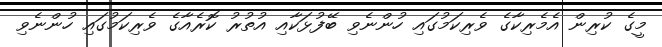
މީގެ ކުރިން އެމެރިކާގެ ވެރިކަމުގައި ހުންނެވި ބޭފުޅަކާއި އުތުރު ކޮރެއާގެ ވެރިކަމުގައި ހުންނެވި